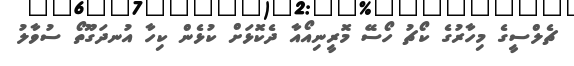
ޗެލްސީގެ މިހާރުގެ ކޯޗު ހޯސޭ މޮރީނިއޯއާ ދެކޮޅަށް ކުޅެން ކިހާ އުނދަގޫތޯ ސުވާލު